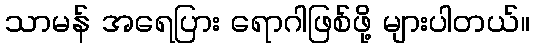
သာမန် အရေပြား ရောဂါဖြစ်ဖို့ များပါတယ်။